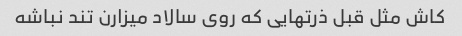
کاش مثل قبل ذرتهایی که روی سالاد میزارن تند نباشه